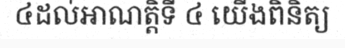
៤ដល់អាណត្តិទី ៤ យើងពិនិត្យ